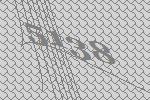
5138